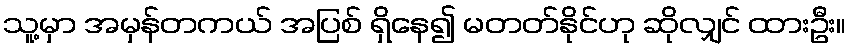
သူ့မှာ အမှန်တကယ် အပြစ် ရှိနေ၍ မတတ်နိုင်ဟု ဆိုလျှင် ထားဦး။